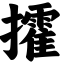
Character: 攉